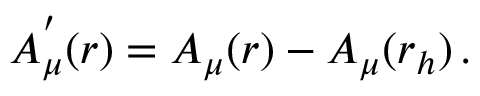
A _ { \mu } ^ { ' } ( r ) = A _ { \mu } ( r ) - A _ { \mu } ( r _ { h } ) \, .